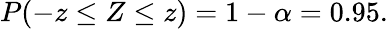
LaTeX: P(-z\leq Z\leq z)=1-\alpha=0.95.